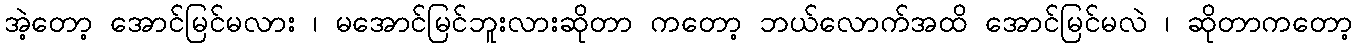
အဲ့တော့ အောင်မြင်မလား ၊ မအောင်မြင်ဘူးလားဆိုတာ ကတော့ ဘယ်လောက်အထိ အောင်မြင်မလဲ ၊ ဆိုတာကတော့